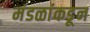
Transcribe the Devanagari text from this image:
मंडळांकडून